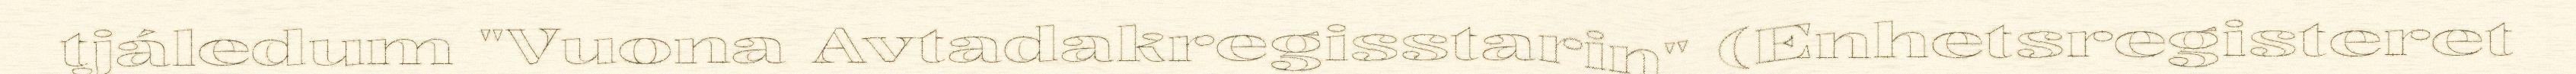
tjáledum "Vuona Avtadakregisstarin" (Enhetsregisteret